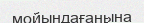
мойындағанына